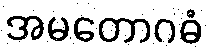
အမတောဂဓံ